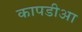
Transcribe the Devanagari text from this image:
कापडीआ